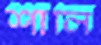
শার্লি